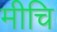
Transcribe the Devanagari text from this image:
मीचि